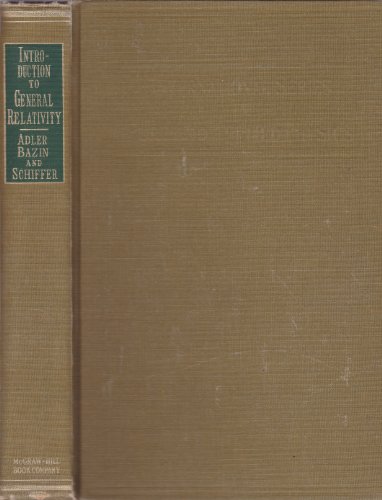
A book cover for Introduction to General Relativity; Ronald Adler; Science & Math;